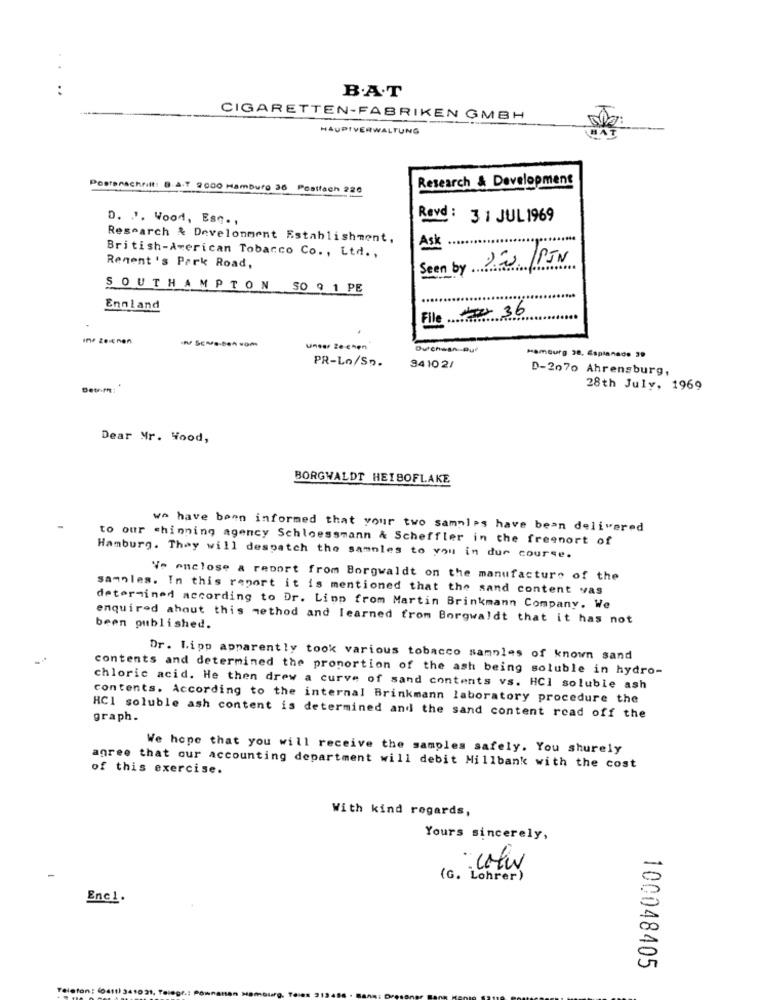
B.A.T
CIGARETTEN-FABRIKEN GMBH
HAUPTVERWALTUNG
Research & Development
Postanschrift: B.A.T 2000 Hamburg 36 Postfach 220
D. . ". Wood, Ese. ,
Revd : 31 JUL 1969
Research & Development Establishment,
Ask
British-American Tobacco Co ., Ltd .,
Seen by Dias /PJN
Renent 's Park Road,
SOUTHAMPTON SO 9 1 PE
Ennland
File 36
In. Zeichen
unser 2e-chen
Ovenwan Que
Hamburg 28, Esplanade 39
PR-Lo/Sp.
34102/
D-2070 Ahrensburg,
28th July, 1969
Dear Mr. Wood,
BORGWALDT HEISOFLAKE
we have been informed that your two samples have been delivered
to our chinning agency Schloessmann & Scheffler in the freenort of
Hamburg. They will despatch the samples to you in dur course.
Ve enclose a report from Borgwaldt on the manufacture of the
samples. In this report it is mentioned that the sand content vas
determined according to Dr. Linn from Martin Brinkmann Company. We
enquired about this method and learned from Borgwaldt that it has not
been published.
Dr. Lipp apparently took various tobacco samples of known sand
contents and determined the proportion of the ash being soluble in hydro-
chloric acid. He then drew a curve of sand contents vs. HCI soluble ash
contents. According to the internal Brinkmann laboratory procedure the
HCI soluble ash content is determined and the sand content read off the
graph.
We hope that you will receive the samples safely. You shurely
agree that our accounting department will debit Millbank with the cost
of this exercise.
With kind regards,
Yours sincerely,
: colu
(G. Lohrer)
Enc1.
100048405
Telefon: (0411) 34102